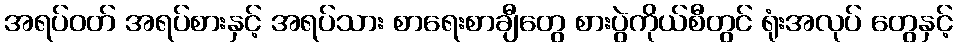
အရပ်ဝတ် အရပ်စားနှင့် အရပ်သား စာရေးစာချီတွေ စားပွဲကိုယ်စီတွင် ရုံးအလုပ် တွေနှင့်